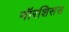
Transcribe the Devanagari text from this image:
नॉरशिसस